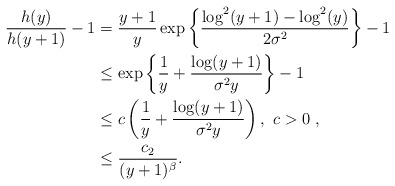
\begin{align*}\dfrac{h(y)}{h(y+1)}-1&=\dfrac{y+1}{y}\exp\left\{\dfrac{\log^2(y+1)-\log^2(y)}{2\sigma^2}\right\}-1\\&\le \exp\left\{\dfrac{1}{y}+\dfrac{\log(y+1)}{\sigma^2y}\right\}-1\\&\le c\left(\dfrac{1}{y}+\dfrac{\log(y+1)}{\sigma^2y}\right), \ c>0\ ,\\&\le \dfrac{c_2}{(y+1)^{\beta}}.\end{align*}